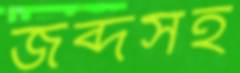
জব্দসহ